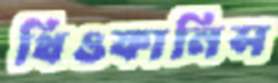
থিওফানিস